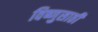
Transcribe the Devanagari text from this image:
विष्णुसाठी